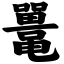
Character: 鼍